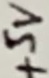
Text: +5V